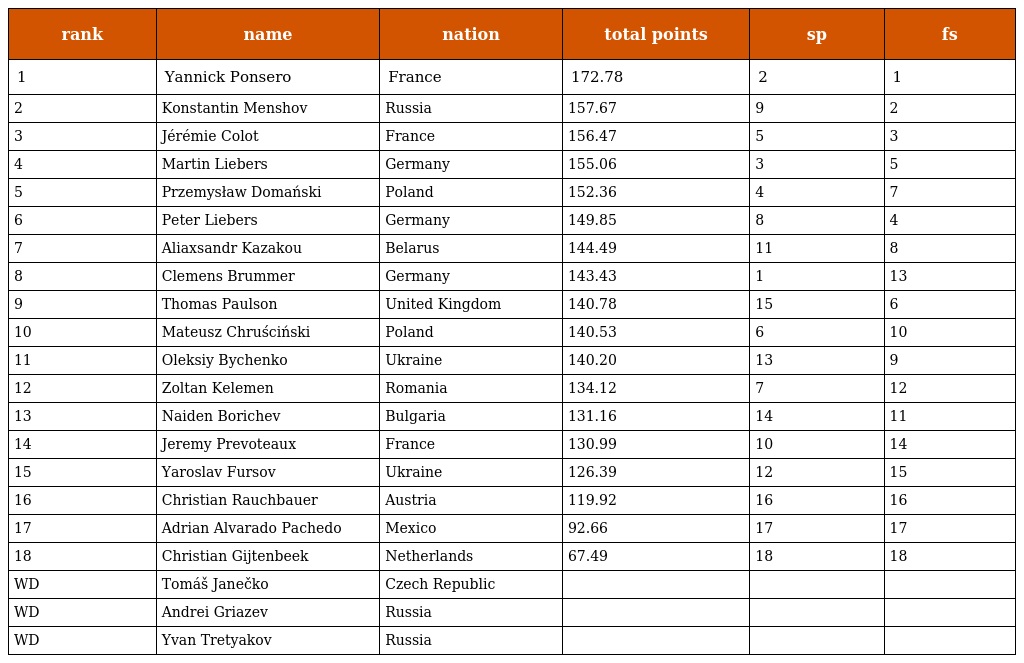
| rank | name | nation | total points | sp | fs |
 | --- | --- | --- | --- | --- | --- |
 | 1 | Yannick Ponsero | France | 172.78 | 2 | 1 |
 | 2 | Konstantin Menshov | Russia | 157.67 | 9 | 2 |
 | 3 | Jérémie Colot | France | 156.47 | 5 | 3 |
 | 4 | Martin Liebers | Germany | 155.06 | 3 | 5 |
 | 5 | Przemysław Domański | Poland | 152.36 | 4 | 7 |
 | 6 | Peter Liebers | Germany | 149.85 | 8 | 4 |
 | 7 | Aliaxsandr Kazakou | Belarus | 144.49 | 11 | 8 |
 | 8 | Clemens Brummer | Germany | 143.43 | 1 | 13 |
 | 9 | Thomas Paulson | United Kingdom | 140.78 | 15 | 6 |
 | 10 | Mateusz Chruściński | Poland | 140.53 | 6 | 10 |
 | 11 | Oleksiy Bychenko | Ukraine | 140.20 | 13 | 9 |
 | 12 | Zoltan Kelemen | Romania | 134.12 | 7 | 12 |
 | 13 | Naiden Borichev | Bulgaria | 131.16 | 14 | 11 |
 | 14 | Jeremy Prevoteaux | France | 130.99 | 10 | 14 |
 | 15 | Yaroslav Fursov | Ukraine | 126.39 | 12 | 15 |
 | 16 | Christian Rauchbauer | Austria | 119.92 | 16 | 16 |
 | 17 | Adrian Alvarado Pachedo | Mexico | 92.66 | 17 | 17 |
 | 18 | Christian Gijtenbeek | Netherlands | 67.49 | 18 | 18 |
 | WD | Tomáš Janečko | Czech Republic |  |  |  |
 | WD | Andrei Griazev | Russia |  |  |  |
 | WD | Yvan Tretyakov | Russia |  |  |  |